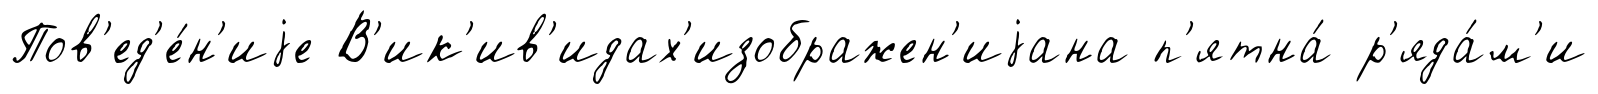
Пов'ед'е́н'иjе В'ик'ив'идах'изображен'иjана п'ятна́ р'яда́м'и